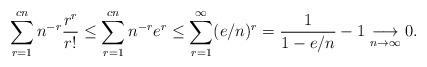
LaTeX: \begin{align*}\sum_{r=1}^{c n} n^{-r}\frac{r^r}{r!}\leq \sum_{r=1}^{c n} n^{-r}e^r\leq \sum_{r=1}^{\infty} (e/n)^{r}=\frac{1}{1-e/n}-1\underset{n\to\infty}\longrightarrow 0.\end{align*}